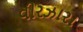
વીરઝારા